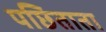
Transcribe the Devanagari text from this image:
पछिताता